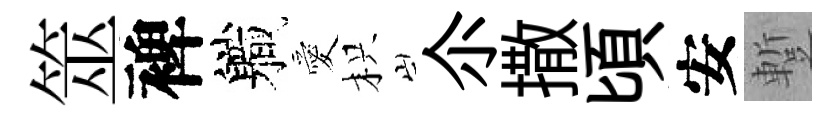
筮裨軄愛枳尒撒頃安蹔